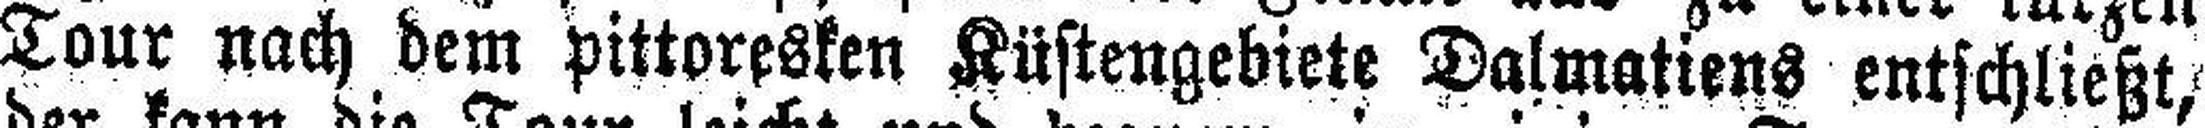
Tour nach dem pittoresken Küstengebiete Dalmatiens entschließt,